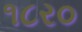
૧૮ર૦